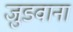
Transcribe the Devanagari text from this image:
जुडवाना